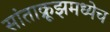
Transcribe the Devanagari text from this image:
सांताक्रूझमध्येच